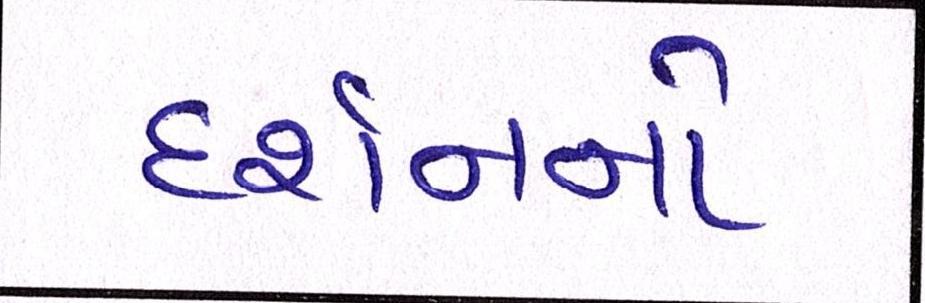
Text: દર્શનનો